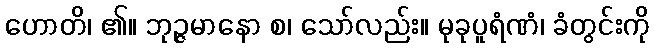
ဟောတိ၊ ၏။ ဘုဉ္ဇမာနော စ၊ သော်လည်း။ မုခုပူရံဏံ၊ ခံတွင်းကို